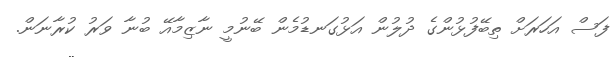
ފަސް އަހަރަށް ތިބޭފުޅުންގެ ދުލުން އަޅުގަނޑުމެން ބޭނުމީ ނާޒިމާއޭ ބުނާ ވަރު ކުރާނަން.